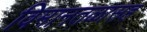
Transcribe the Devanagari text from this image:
विमानतळासह